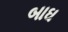
બાઘ